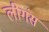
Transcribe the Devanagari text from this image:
लीगंस